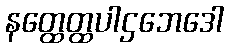
နတ္ထေတ္ထပါဌဘေဒေါ